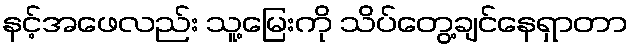
နင့်အဖေလည်း သူ့မြေးကို သိပ်တွေ့ချင်နေရှာတာ